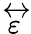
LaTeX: \stackrel{\leftrightarrow}{\varepsilon}